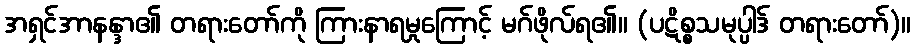
အရှင်အာနန္ဒာ၏ တရားတော်ကို ကြားနာရမှုကြောင့် မဂ်ဖိုလ်ရ၏။ (ပဋိစ္စသမုပ္ပါဒ် တရားတော်)။